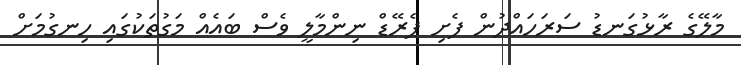
މާލޭގެ ރާޅުގަނޑު ސަރަހައްދުން ފެށި ޕެރޭޑް ނިންމާލީ ވެސް ބައެއް މަގުތަކުގައި ހިނގުމަށް